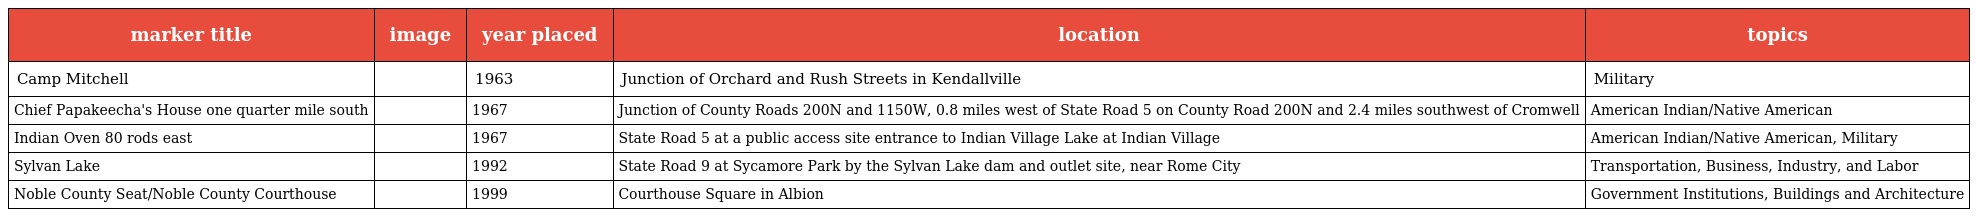
| marker title | image | year placed | location | topics |
 | --- | --- | --- | --- | --- |
 | Camp Mitchell |  | 1963 | Junction of Orchard and Rush Streets in Kendallville | Military |
 | Chief Papakeecha's House one quarter mile south |  | 1967 | Junction of County Roads 200N and 1150W, 0.8 miles west of State Road 5 on County Road 200N and 2.4 miles southwest of Cromwell | American Indian/Native American |
 | Indian Oven 80 rods east |  | 1967 | State Road 5 at a public access site entrance to Indian Village Lake at Indian Village | American Indian/Native American, Military |
 | Sylvan Lake |  | 1992 | State Road 9 at Sycamore Park by the Sylvan Lake dam and outlet site, near Rome City | Transportation, Business, Industry, and Labor |
 | Noble County Seat/Noble County Courthouse |  | 1999 | Courthouse Square in Albion | Government Institutions, Buildings and Architecture |